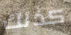
كذلك